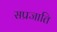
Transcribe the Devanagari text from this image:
सप्रजाति